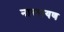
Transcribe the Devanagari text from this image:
नाररायण